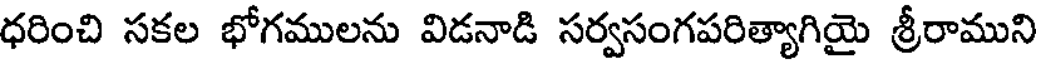
ధరించి సకల భోగములను విడనాడి సర్వసంగపరిత్యాగియై శ్రీరాముని